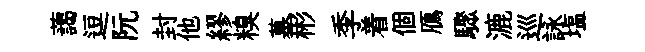
藹逗阮封他繆糗墓彬季着個鴈驟漉巡詠塩